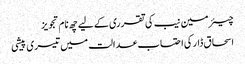
چیئرمین نیب کی تقرری کے لیے چھ نام تجویز
اسحاق ڈار کی احتساب عدالت میں تیسری پیشی